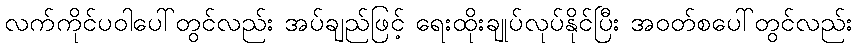
လက်ကိုင်ပဝါပေါ်တွင်လည်း အပ်ချည်ဖြင့် ရေးထိုးချုပ်လုပ်နိုင်ပြီး အဝတ်စပေါ်တွင်လည်း